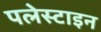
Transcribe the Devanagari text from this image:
पलेस्टाइन